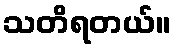
သတိရတယ်။